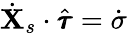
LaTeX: \dot{\mathbf{X}}_{s}\cdot\hat{\pmb{\tau}}=\dot{\sigma}